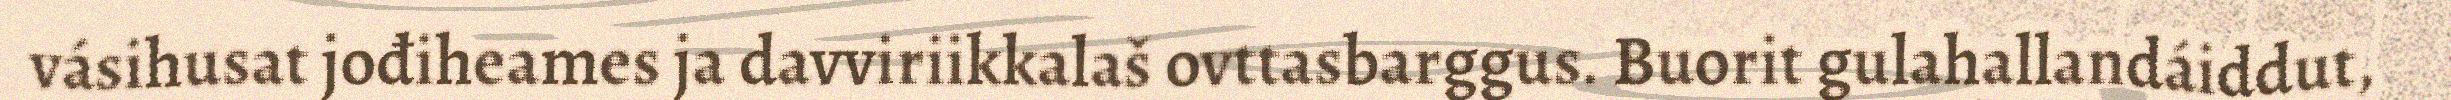
vásihusat jođiheames ja davviriikkalaš ovttasbarggus. Buorit gulahallandáiddut,